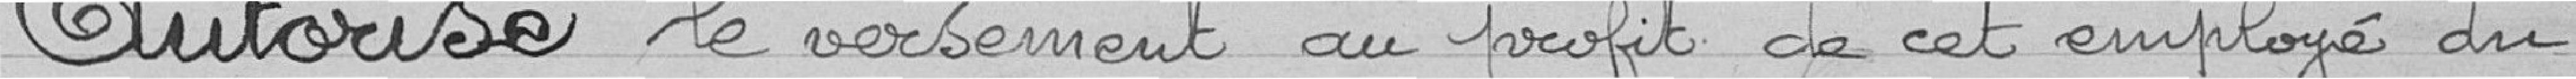
Autorise le versement au profit de cet employé du